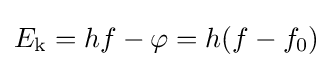
E_{\text{k}}=hf-\varphi =h(f-f_{0})